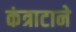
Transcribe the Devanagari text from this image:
कंत्राटाने